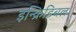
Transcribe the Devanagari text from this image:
इन्क्रिडिबल